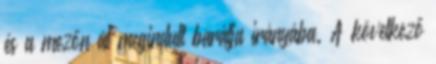
és a mezőn át megindult barátja irányába. A következő